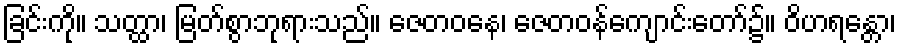
ခြင်းကို။ သတ္ထာ၊ မြတ်စွာဘုရားသည်။ ဇေတဝနေ၊ ဇေတဝန်ကျောင်းတော်၌။ ဝိဟရန္တော၊